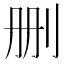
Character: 删